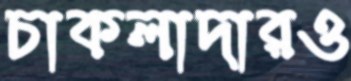
চাকলাদারও